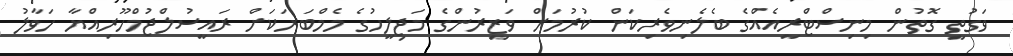
ވަގުތީ ގޮތުން މިނިސްޓްރީއެއްގެ ބެލެނިވެރިކަން ކުރުމަށް ވަޒީރުންގެ މަޖިލީހުގެ މެމްބަރަކަށް ރައީސުލްޖުމްހޫރިއްޔާ ހަވާލު